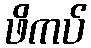
ဖိကပ်